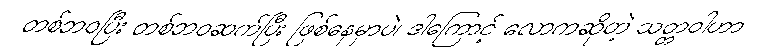
တစ်ဘဝပြီး တစ်ဘဝဆက်ပြီး ဖြစ်နေမှာပဲ၊ ဒါကြောင့် လောကဆိုတဲ့ သတ္တဝါဟာ